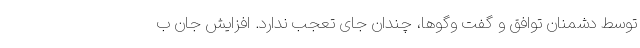
توسط دشمنان توافق و گفت وگوها، چندان جای تعجب ندارد. افزایش جان ب